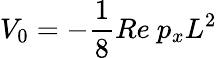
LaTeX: V_{0}=-\frac{1}{8}Re\ p_{x}L^{2}